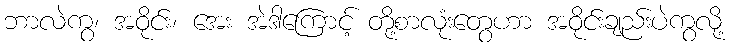
ဘာလဲကွ၊ အဝိုင်း၊ အေး အဲဒါကြောင့် တို့စာလုံးတွေဟာ အဝိုင်းချည်းပဲကွလို့